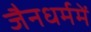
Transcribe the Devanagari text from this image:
जैनधर्ममें